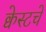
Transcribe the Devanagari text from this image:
क्वेस्टचे